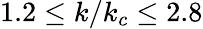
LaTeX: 1.2\leq k/k_{c}\leq 2.8